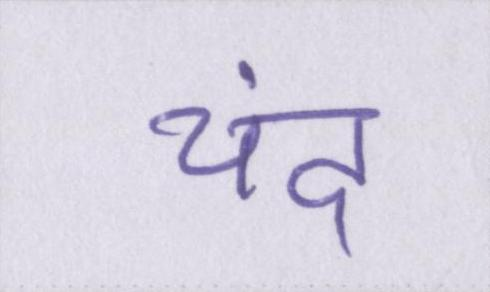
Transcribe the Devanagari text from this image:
चंद